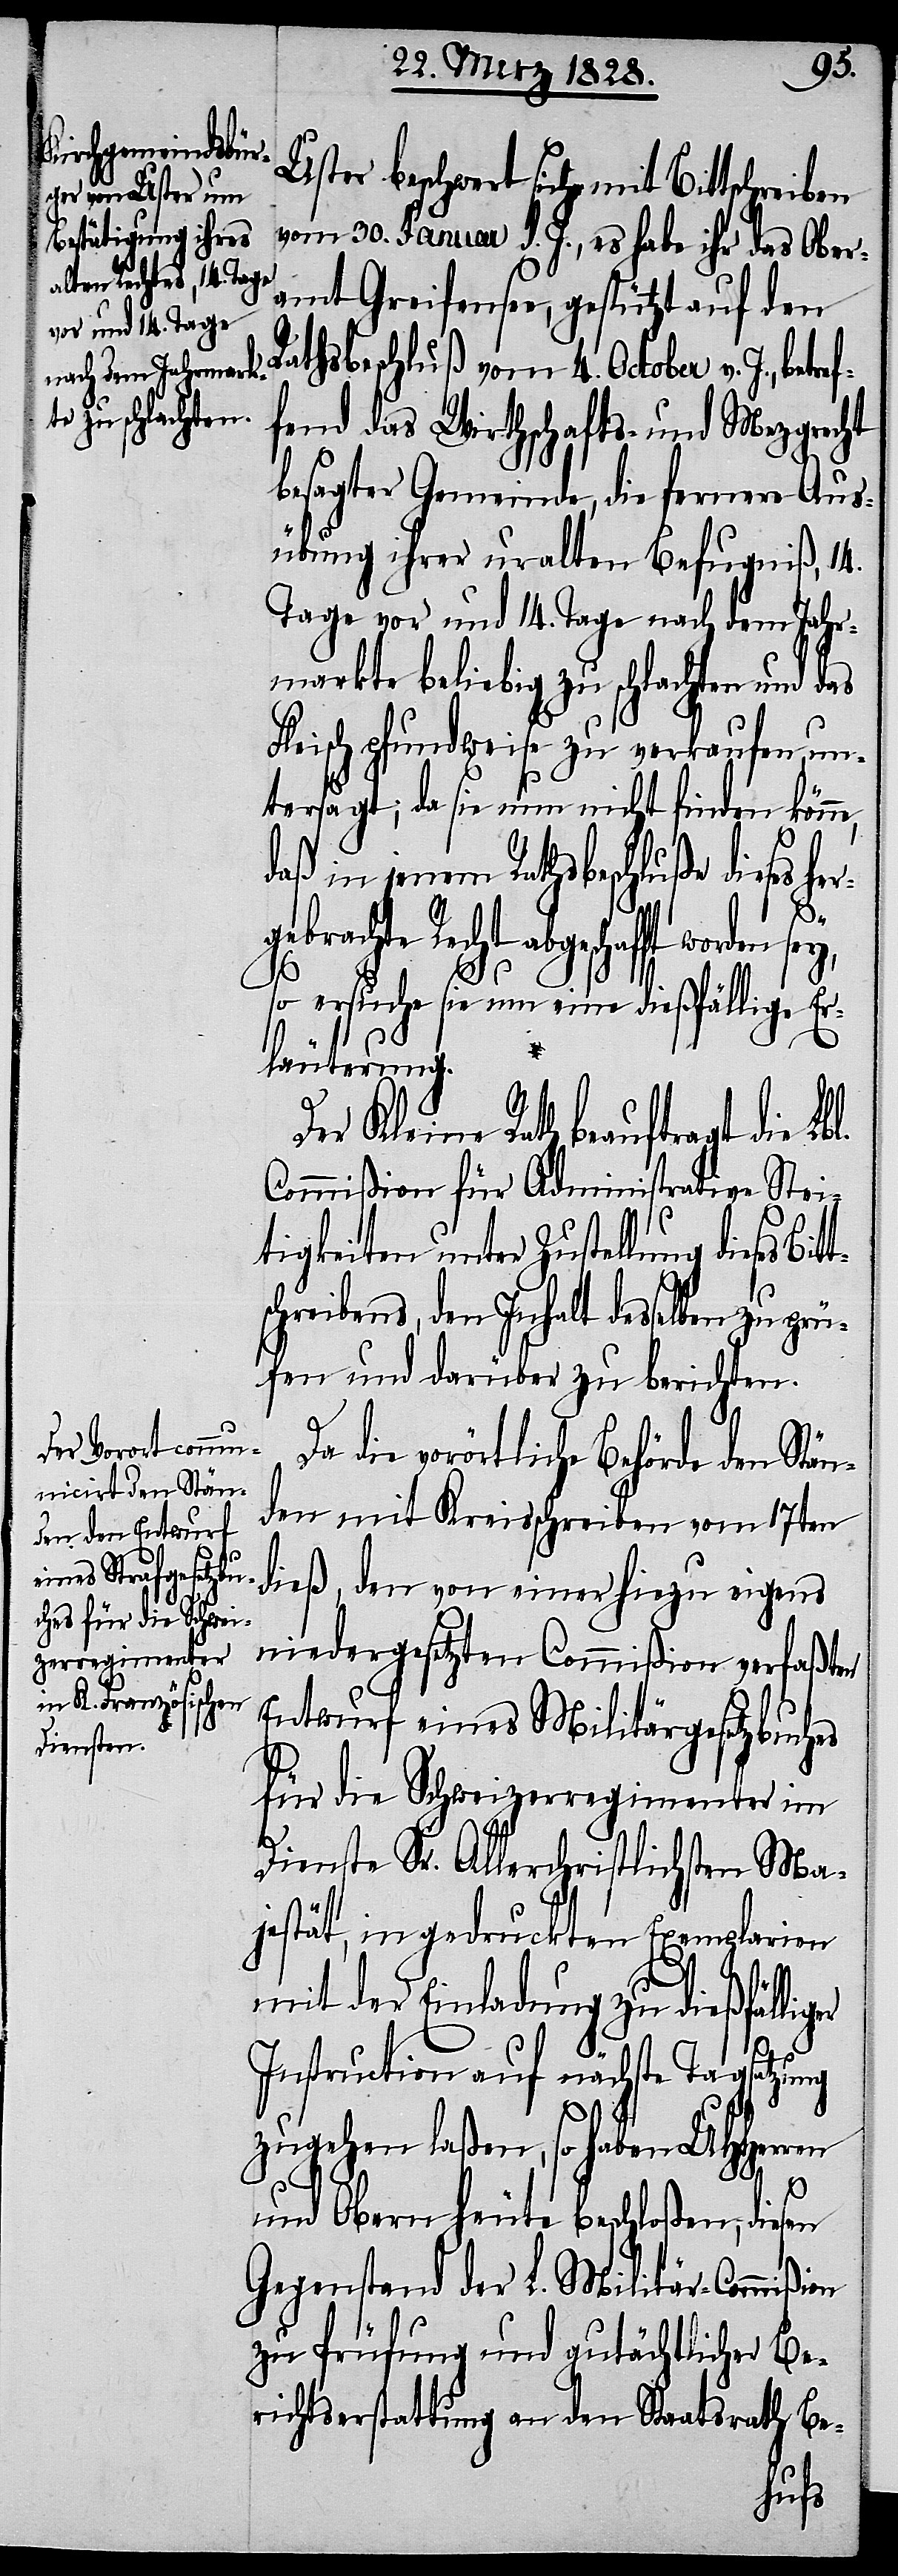
es Bitts¬

Uster beschwert sich mit Bittschreiben
vom 30. Januar d. J., es habe ihr das Ober¬
amt Greifensee, gestützt auf den
Rathsbeschluß vom 4. October v. J., bet¬
fend das Wirthschafts- und Mezgerrecht
besagter Gemeinde, die fernere Aus¬
übung ihrer uralten Befugniß, 14.
Tage vor und 14. Tage nach dem Jahr¬
markte beliebig zu schlachten und das
Fleisch pfundweise zu verkaufen, un¬
tersagt; da sie nun nicht finden könn¬
daß in jenem Rathsbeschluße dieses
ebrachte Recht abgeschafft worden
so ersuche sie um eine dießfällige Er¬
läuterung.
Der Kleine Rath beauftragt die
Commißion für Administrative Strei¬
tigkeiten unter Zustellung dies¬
chreibens, den Inhalt desselben zu prü¬
fen und darüber zu berichten.
Da die vorörtliche Behörde den Stä¬
nden mit Kreisschreiben vom 17ten
dieß, den von einer hiezu eigens
niedergesetzten Commißion verfaßten
Entwurf eines Militärgesetzbuches
für die Schweizerregimenter im
Dienste Sr. Allerchristlichsten Ma¬
jestät, in gedruckten Exemplarien
mit der Einladung zu dießfällig¬
Instruction auf nächste Tagsatzung
zugehen laßen, so haben UHHerren
er
und Obern heute beschloßen, diesen
Gegenstand der L. Militär-Commißion
zu Prüfung und gutächtlicher Be¬
richtserstattung an den Staatsrath Be-
herg¬